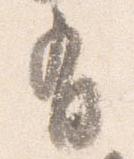
有